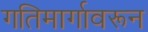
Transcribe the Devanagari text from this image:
गतिमार्गावरून